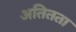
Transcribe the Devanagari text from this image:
अतितता